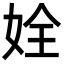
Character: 姾